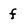
Character: f